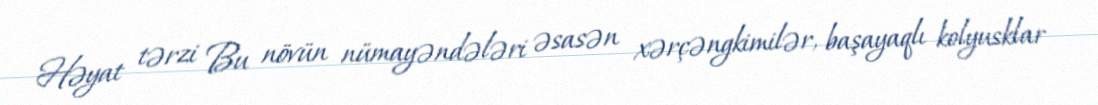
Həyat tərzi Bu növün nümayəndələri əsasən xərçəngkimilər, başayaqlı kolyusklar